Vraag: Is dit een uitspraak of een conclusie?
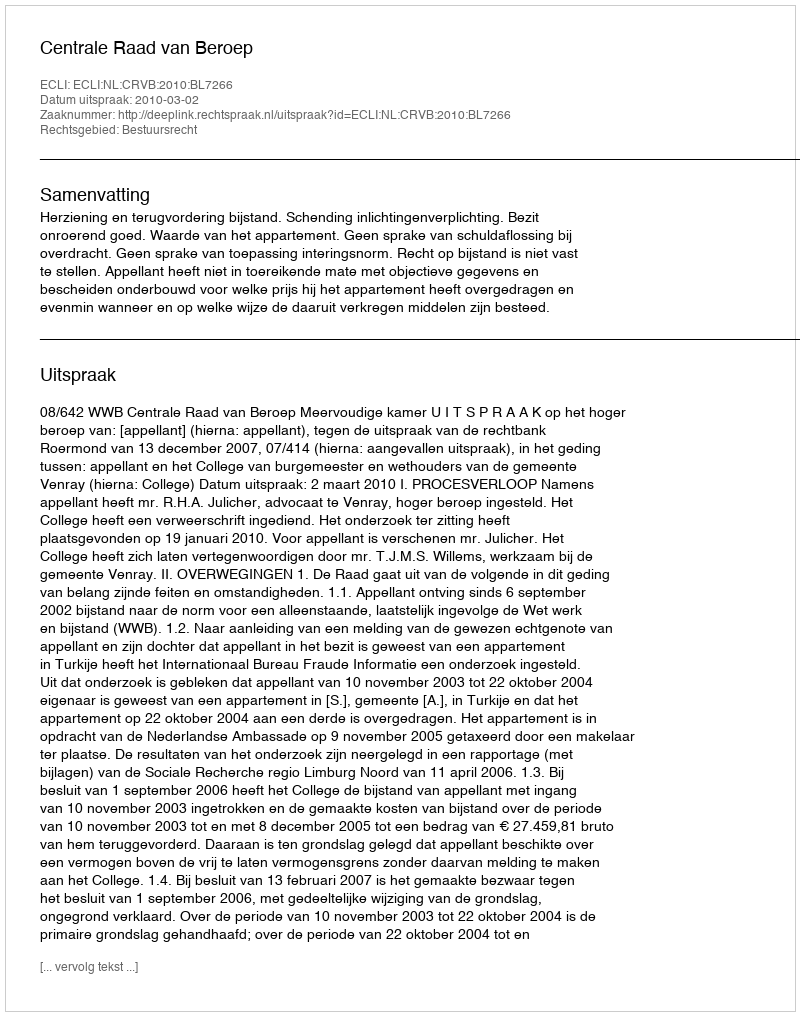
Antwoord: Uitspraak